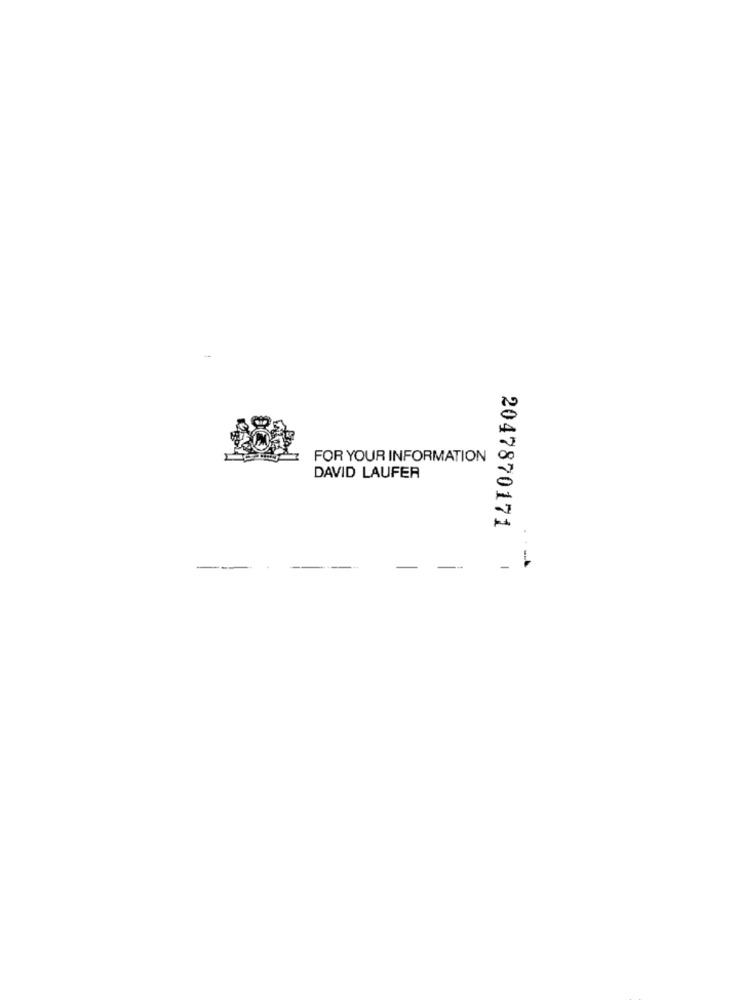
FOR YOUR INFORMATION
DAVID LAUFER
2047870171
---